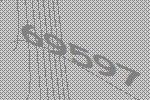
69597